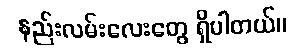
နည်းလမ်းလေးတွေ ရှိပါတယ်။